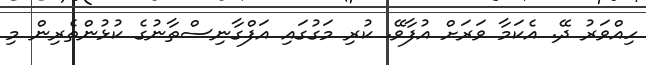
ހިއްވަރު ދޭ. އެކަމާ ވަރަށް އުފާވޭ. ކުރި މަގުގައި އަފްގާނިސްތާނުގެ ކުޅުންތެރިން މި